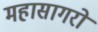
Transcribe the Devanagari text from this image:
महासागरो